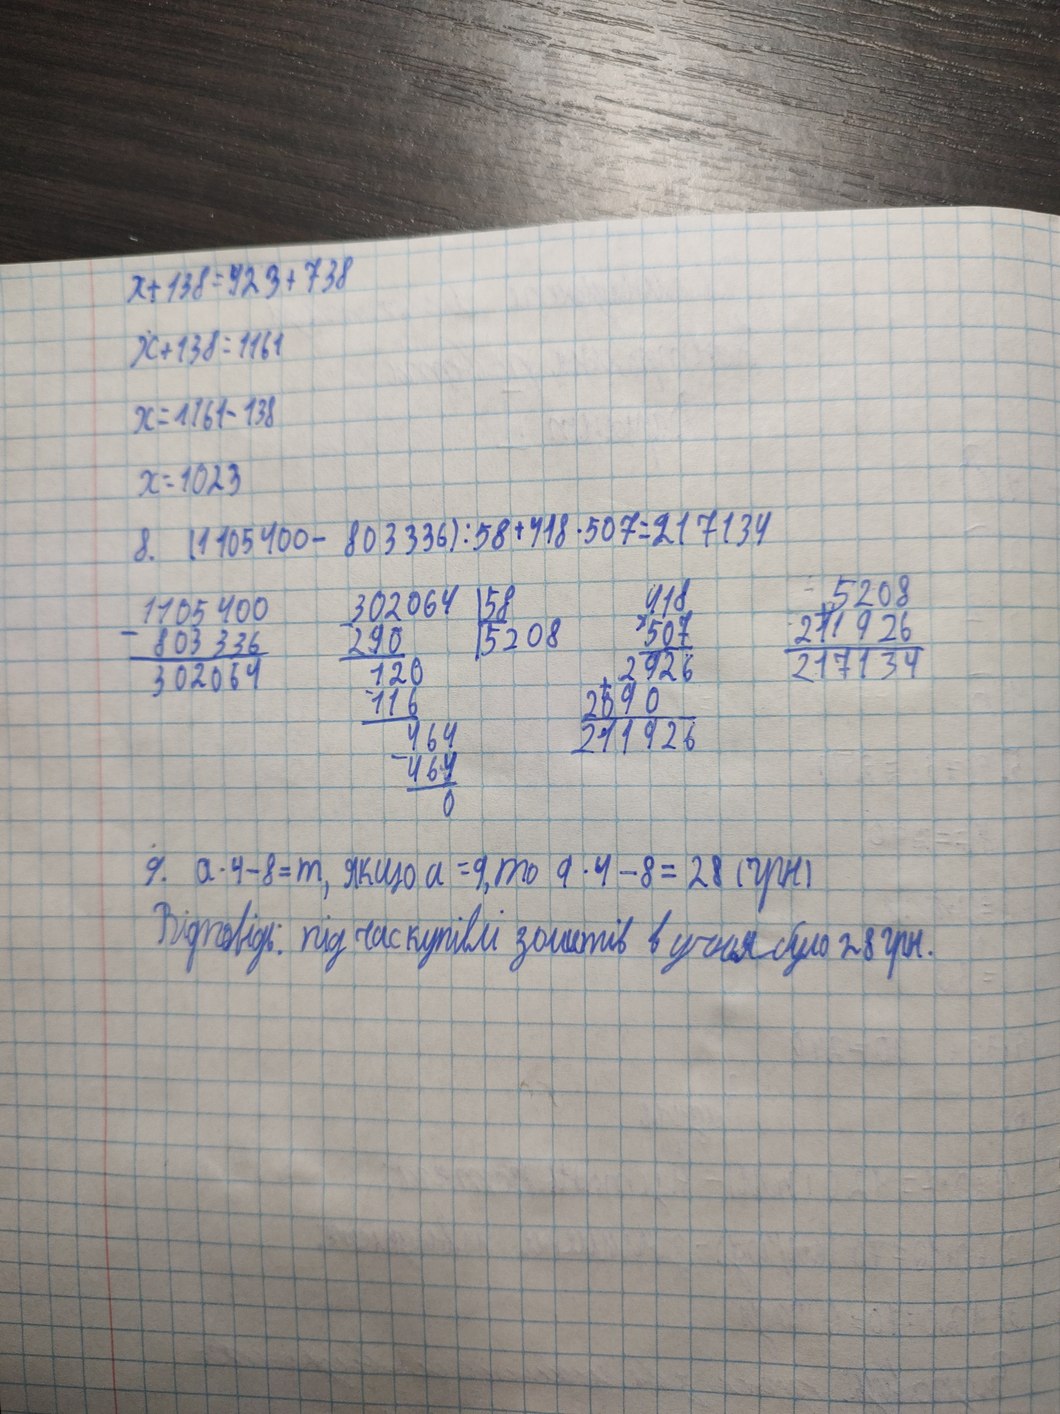
x + 138 = 423 + 738
x + 138 = 1161
x = 1161 - 138
x = 1023
(1105400 - 803336) / 58 + 418 * 507 = 217134
8.
302064 | 58
290 | 5208
120
116
464
464
0
418
507
2926
2090
211926
5208
211926
217134
1105400
803336
302064
9.
a * 4 - 8 = m, якщо a = 9, то 9 * 4 - 8 = 28 (грн)
Відповідь: під час купівлі зошитів в учня було 28 грн.